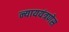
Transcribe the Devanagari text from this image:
न्याययंत्रणेस